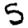
Digit: 5